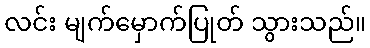
လင်း မျက်မှောက်ပြုတ် သွားသည်။